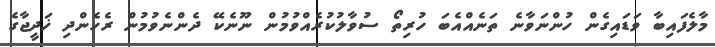
މާލެފައިބާ ވަޑައިގެން ހުންނަވާނެ ތަނެއްއެބަ ހުރިތޯ ސުވާލުކުރެއްވުމުން ނޫނެކޭ ދެންނެވުމުން ރެހެންދި ޚަދީޖާގެ